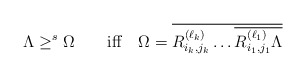
\begin{align*}\Lambda \geq^{s} \Omega\qquad {\rm iff}\quad\Omega =\overline{R_{i_k,j_k}^{(\ell_k)} \dots \overline{R_{i_1,j_1}^{(\ell_1)}\Lambda}}\end{align*}